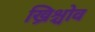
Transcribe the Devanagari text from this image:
ख्रिश्चोव